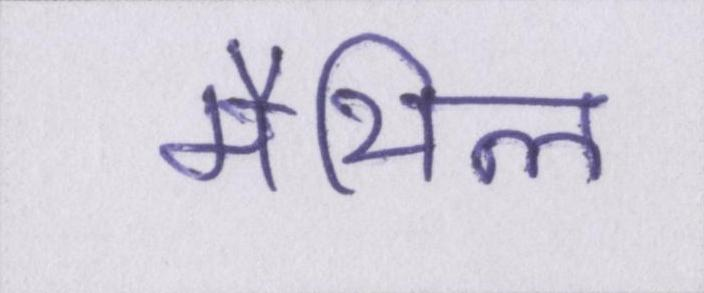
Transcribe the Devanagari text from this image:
मैथिल